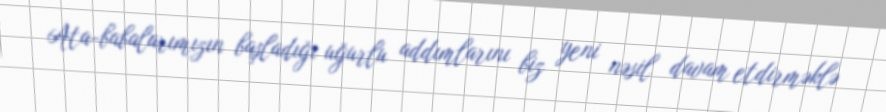
Ata-babalarımızın başladığı uğurlu addımlarını biz yeni nəsil davam etdirməklə